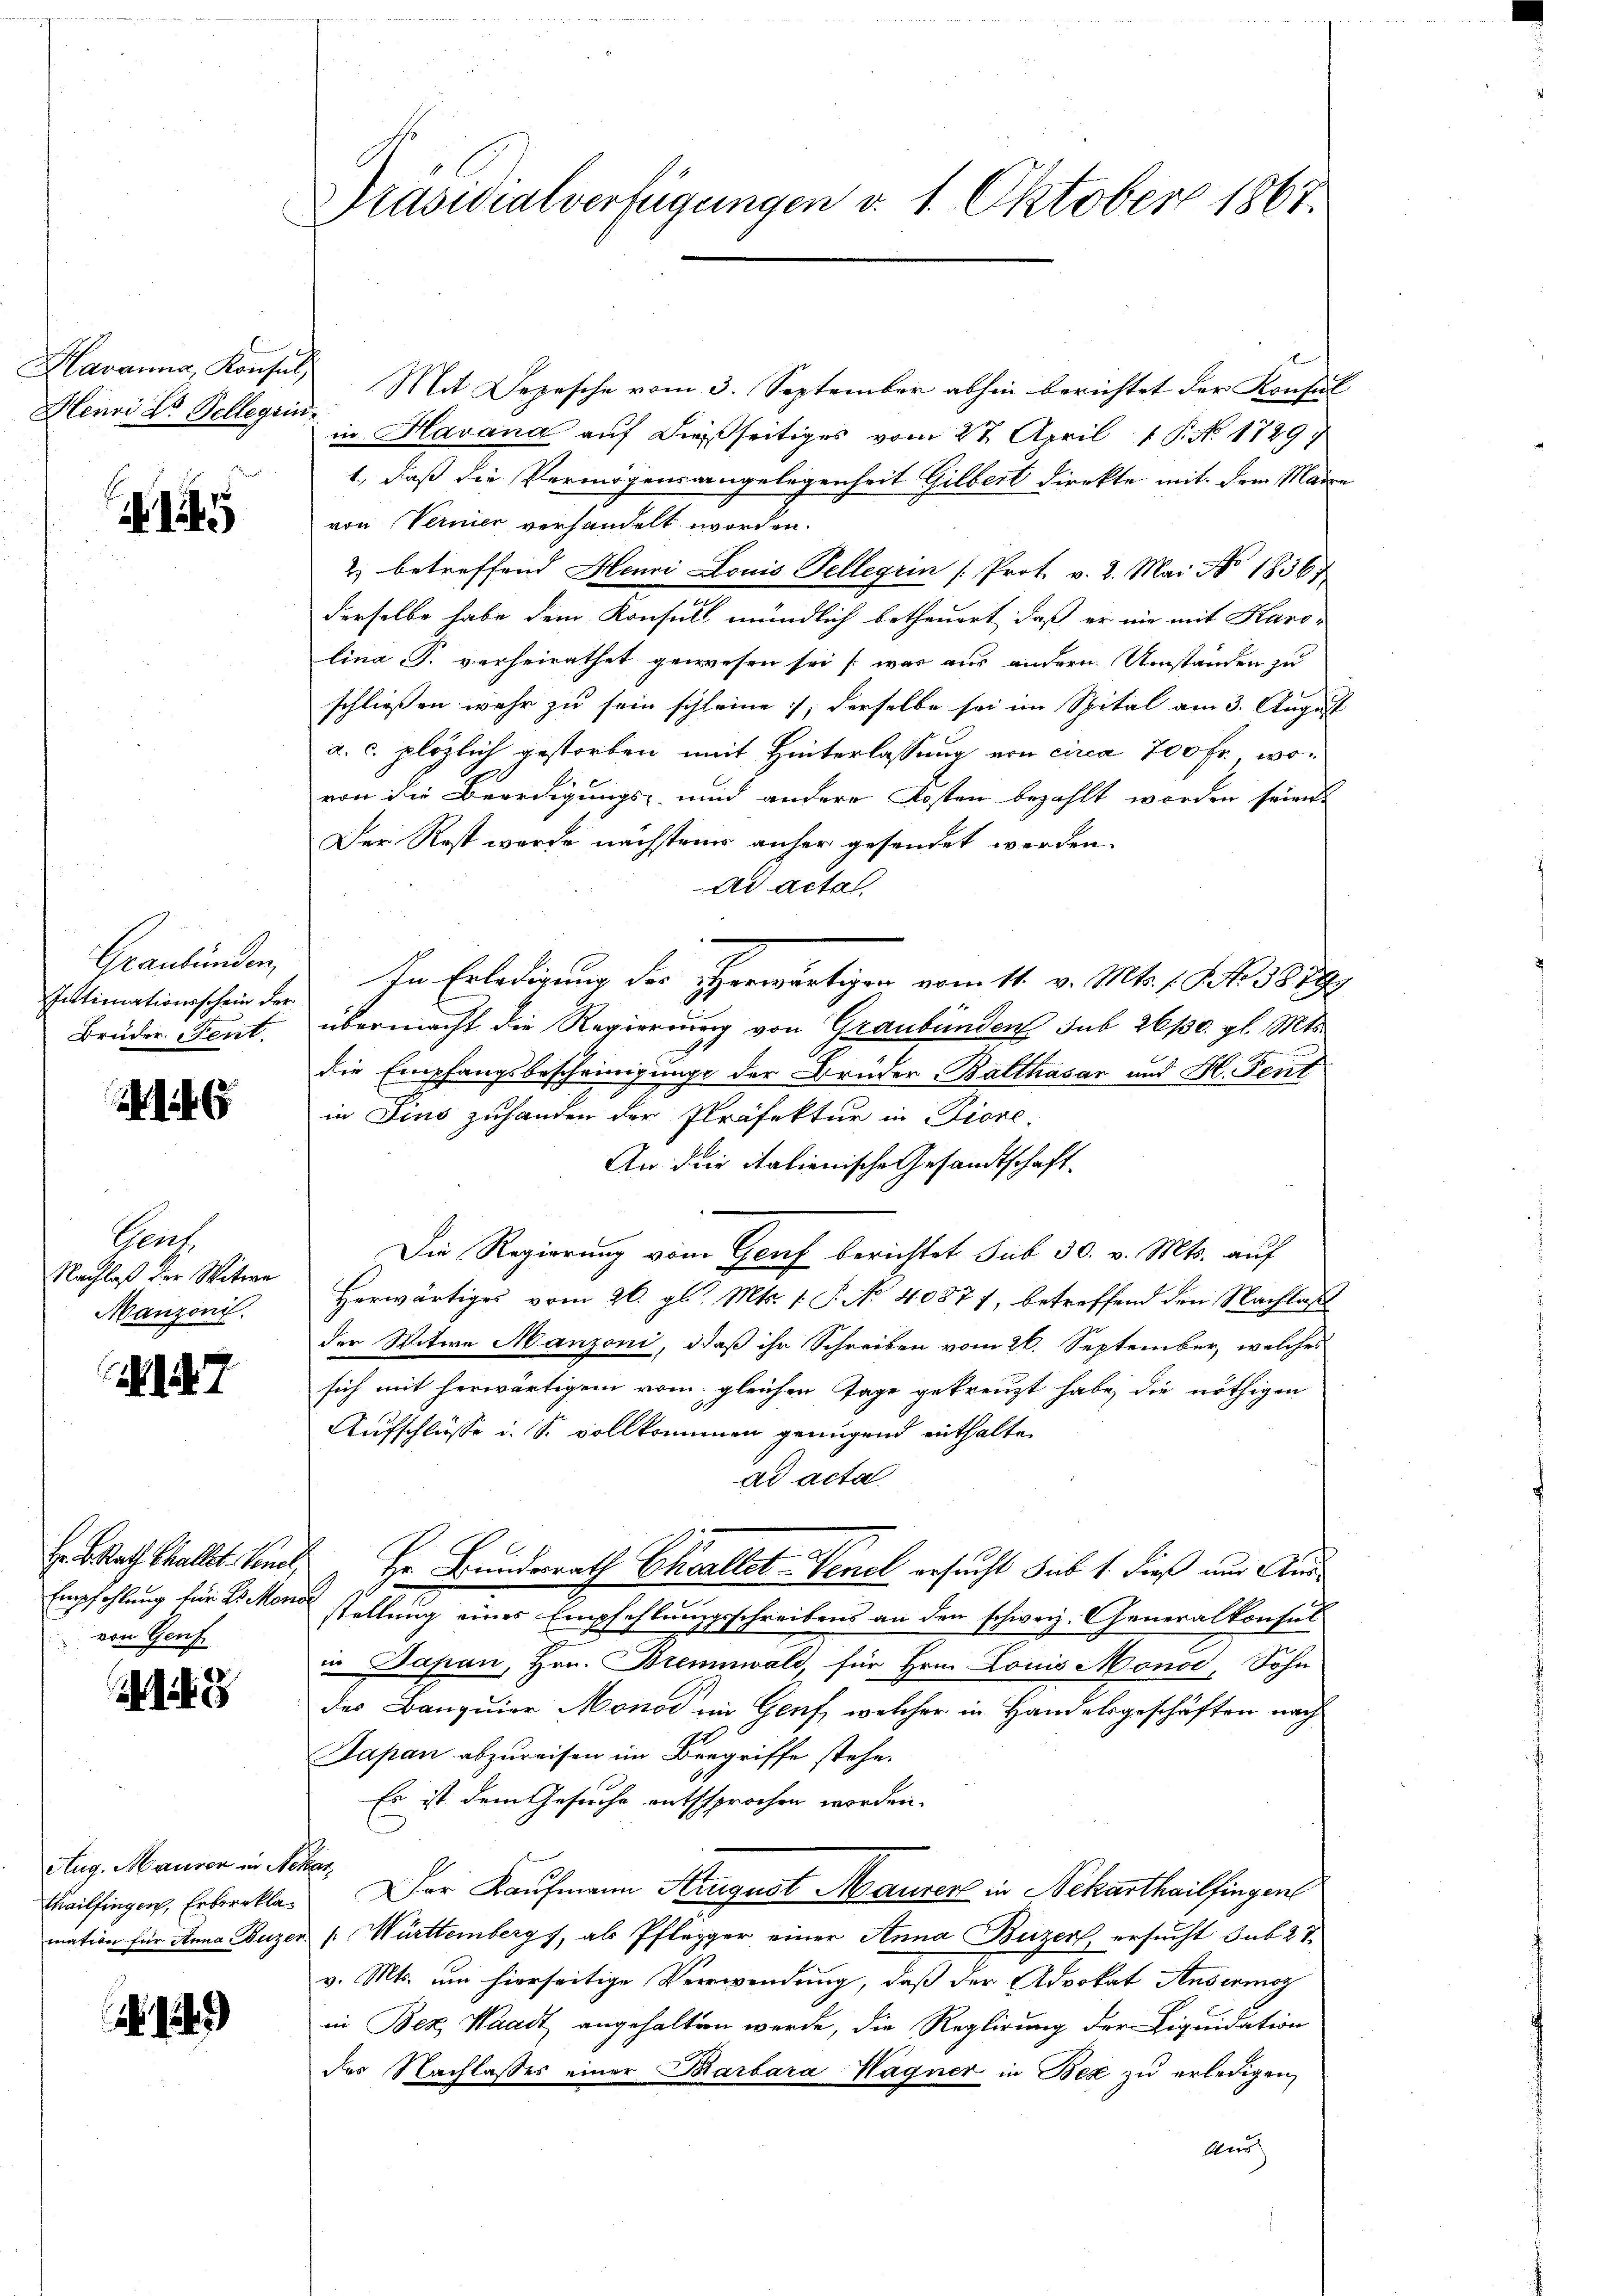
Havanna, Konsul
Henri Dr. Tellegiu

145

Intimationsschein der
Brüder Tent.

6

Cent
Nachlaß der Witwe
Manzoni.

17

Empfehlung für 2 Monde
von Genf

Aug. Mausen in is
Thailfingen, Erbeerkla¬

1249)

Präsidialverfügungen v. 1. Oktober 1867.

Mit Depesche vom 3. September abhin berichtet der Konsul
in Havana auf dießseitiges vom 27. April 1. No. 1729
1., daß die Vermögensangelegenheit Gilbert direkte mit dem Maire
von Vernier verhandelt worden.
2) betreffend Henri Louis Tellegiin (Prot. v. 2. Mai No 1836
derselbe habe dem Konsull mündlich betheuert, daß er nie mit Karo-
lina P. verheirathet gewesen sei war aus andern Umständen zu
schliessen wahr zu sein schleine, derselbe sei im Spital am 3. August
a. c. plözlich gestorben mit Hinterlassung von circa 700 fr., wovon die Beerdigungs- und andere Kosten bezahlt worden seien.
Der Rost werde nächstens anher gesendet werden
ad actat

Graubünden, In Erledigung des erwärtigen vom 11. v. Mts. 1. No 38797
übermacht die Regierung von Graubünden sub 26/30. gl. Mts.
die Empfangsbescheinigunge der Brüder Balthasar und H. Fent
in Fins zuhanden der Präfektur in Tiere.
An die italienische Gesandtschaft.
Die Regierung vom Genf berichtet sub 30. v. Mts. auf
Herwärtiges vom 26. gl. Mts. 1. P. No 40877, betreffend den Nachlaß
der Witwe Manzoni, daß ihr Schreiben vom 26. September, welches
sich mit herwärtigem vom gleichen Tage gekreuzt habe, die nöthigen
Aufschlüsse u. S. vollkommen genügend enthalte.
ad acta.
. Rath hallt. Seite " Hr. Bundesrath Challet Venel ersucht sub 1. dieß aus Ausstellung eines Empfehlungsschreibens an den schweiz. Generalkonsul
in Japan, Hrn. Brennwald, für Hrn. Louis Monod, Sohn
des Banquier Monod im Genf, welcher in Handelsgeschäften nach
Japan abzureisen im Bergriffe stehe.
Es ist dem Gesuche entsprochen worden.
a
Der Kaufmann Krugust Maurer in Nekarthailfingen
mation für Anna Buzer (: Württembergs, als Pflegger einer Anna Buzer, ersucht sub 27.
v. Mts. um hierseitige Verwendung, daß der Advokat Ansermoz
in Bez Waadt angehalten werde, die Reglirung der Liquidation
des Nachlasses einer Barbara Wagner in Bex zŭ erledigen,
Aus